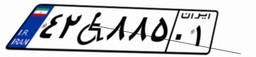
۴۲W۸۸۵۰۱